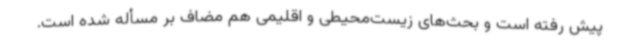
پیش رفته است و بحث‌های زیست‌محیطی و اقلیمی هم مضاف بر مسأله شده است.